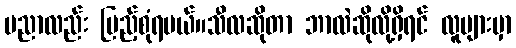
ပညာလည်း ပြည့်စုံရမယ်။သီလဆိုတာ ဘာလဲဆိုလို့ရှိရင် လူများမှာ